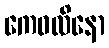
ကေဝလိနော